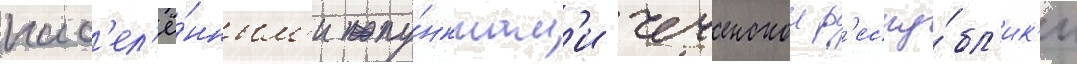
нас'ел'ё́нным'и пу́нктам'и чеченскои р'еспу́бл'ик'и